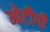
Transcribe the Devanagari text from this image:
ओटीपी